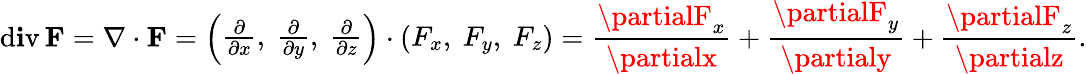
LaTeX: \operatorname{d\mathbf{i}v}\mathbf{{F}}=\nabla\cdot\mathbf{{F}}={\left(\begin{array}{l}{{\frac{\partial}{\partial x}},\ {\frac{\partial}{\partial y}},\ {\frac{\partial}{\partial z}}}\end{array}\right)}\cdot{\left(\begin{array}{l}{F_{x},\ F_{y},\ F_{z}}\end{array}\right)}={\frac{{\partialF_{x}}}{{\partialx}}}+{\frac{{\partialF_{y}}}{{\partialy}}}+{\frac{{\partialF_{z}}}{{\partialz}}}.